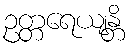
ဥတ္တရေယျန္တိ